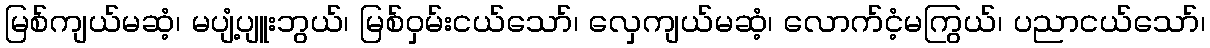
မြစ်ကျယ်မဆံ့၊ မပျံ့ပျူးဘွယ်၊ မြစ်ဝှမ်းငယ်သော်၊ လှေကျယ်မဆံ့၊ လောက်ငံ့မကြွယ်၊ ပညာငယ်သော်၊